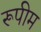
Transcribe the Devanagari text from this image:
रूपीम